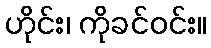
ဟိုင်း၊ ကိုခင်ဝင်း။